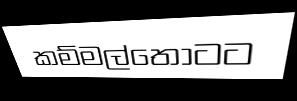
කම්මල්තොටට